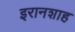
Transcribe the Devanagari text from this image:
इरानशाह